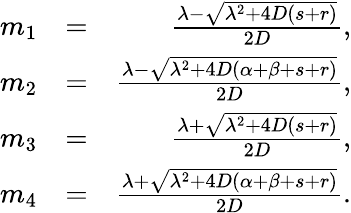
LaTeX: \begin{array}{rlr}{m_{1}}&{=}&{\frac{\lambda-\sqrt{\lambda^{2}+4D(s+r)}}{2D},}\\ {m_{2}}&{=}&{\frac{\lambda-\sqrt{\lambda^{2}+4D(\alpha+\beta+s+r)}}{2D},}\\ {m_{3}}&{=}&{\frac{\lambda+\sqrt{\lambda^{2}+4D(s+r)}}{2D},}\\ {m_{4}}&{=}&{\frac{\lambda+\sqrt{\lambda^{2}+4D(\alpha+\beta+s+r)}}{2D}.}\end{array}